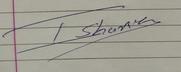
Signature authenticity: genuine